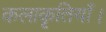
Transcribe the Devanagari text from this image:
कलाकृतियाँ।